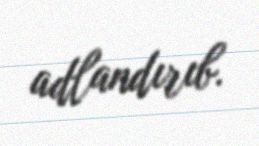
adlandırıb.